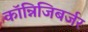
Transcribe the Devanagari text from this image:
कॉन्निजिबर्जर